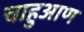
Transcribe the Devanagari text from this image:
चाहुआण